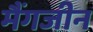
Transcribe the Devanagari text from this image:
मैंगजीन